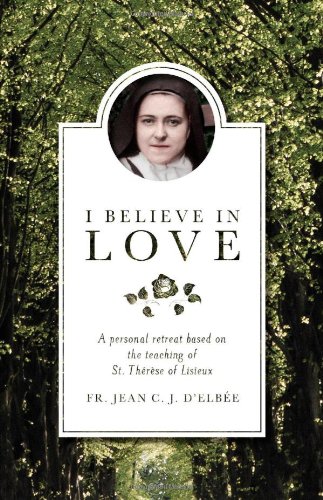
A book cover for I Believe in Love: A Personal Retreat Based on the Teaching of St. ThÃ©rÃ¨se of Lisieux; Jean C. J. d'ElbÃ©e; Christian Books & Bibles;